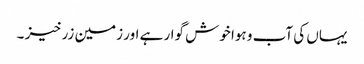
یہاں کی آب و ہوا خوش گوار ہے اور زمین زرخیز ۔